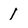
Character: 1